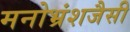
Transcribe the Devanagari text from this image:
मनोभ्रंशजैसी